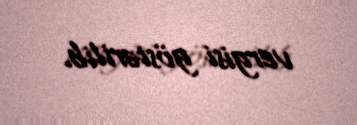
vergisi göstərilib.